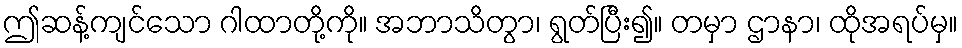
ဤဆန့်ကျင်သော ဂါထာတို့ကို။ အဘာသိတွာ၊ ရွတ်ပြီး၍။ တမှာ ဌာနာ၊ ထိုအရပ်မှ။